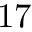
1 7